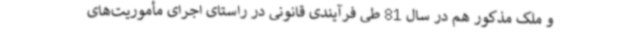
و ملک مذکور هم در سال 81 طی فرآیندی قانونی در راستای اجرای مأموریت‌های